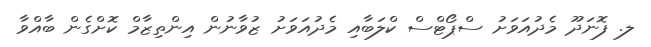
ލ. ފޮނަދޫ މެދުއަވަށު ސްޕޯޓްސް ކްލަބާއި މެދުއަވަށު ޒުވާނުން އިންތިޒާމް ކޮށްގެން ބާއްވާ